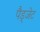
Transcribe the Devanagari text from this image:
पैड्जेट